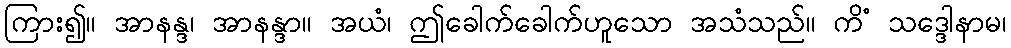
ကြား၍။ အာနန္ဒ၊ အာနန္ဒာ။ အယံ၊ ဤခေါက်ခေါက်ဟူသော အသံသည်။ ကိံ သဒ္ဒေါနာမ၊